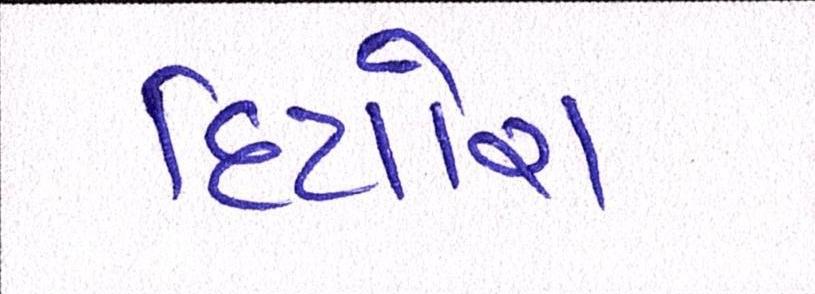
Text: દિયોરા